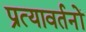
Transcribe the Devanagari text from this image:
प्रत्यावर्तनों